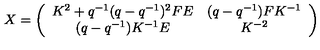
X = \left( \begin{array} { c c } { K ^ { 2 } + q ^ { - 1 } ( q - q ^ { - 1 } ) ^ { 2 } F E } & { ( q - q ^ { - 1 } ) F K ^ { - 1 } } \\ { ( q - q ^ { - 1 } ) K ^ { - 1 } E } & { K ^ { - 2 } } \\ \end{array} \right)